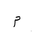
Letter: _mim